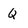
Character: Q